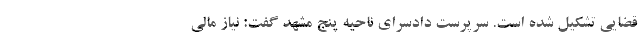
قضایی تشکیل شده است. سرپرست دادسرای ناحیه پنج مشهد گفت: نیاز مالی